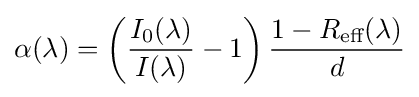
\alpha (\lambda )=\left({\frac {I_{0}(\lambda )}{I(\lambda )}}-1\right){\frac {1-R_{\text{eff}}(\lambda )}{d}}